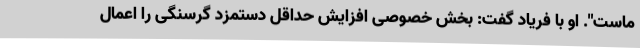
ماست". او با فریاد گفت: بخش خصوصی افزایش حداقل دستمزد گرسنگی را اعمال